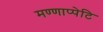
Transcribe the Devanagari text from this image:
मण्णाप्पेटि